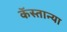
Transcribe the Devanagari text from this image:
कॅस्तान्या